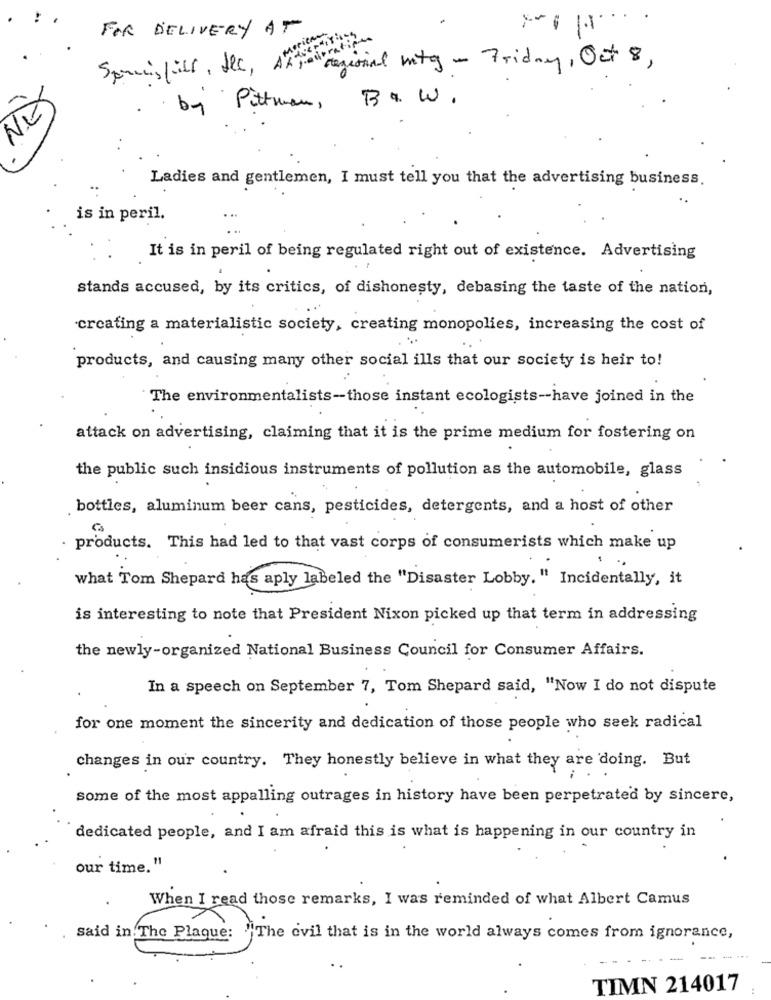
FOR DELIVERY AT
" Sensorial mtg - Friday, Oct 8,
Springfill, Llc, AT
B & W.
by Pittman ,
Ladies and gentlemen, I must tell you that the advertising business.
is in peril.
It is in peril of being regulated right out of existence. Advertising
stands accused, by its critics, of dishonesty, debasing the taste of the nation,
creating a materialistic society, creating monopolies, increasing the cost of
products, and causing many other social ills that our society is heir to!
The environmentalists-those instant ecologists-have joined in the
attack on advertising, claiming that it is the prime medium for fostering on
the public such insidious instruments of pollution as the automobile, glass
bottles, aluminum beer cans, pesticides, detergents, and a host of other
products. This had led to that vast corps of consumerists which make up
what Tom Shepard has aply labeled the "Disaster Lobby. " Incidentally, it
is interesting to note that President Nixon picked up that term in addressing
the newly-organized National Business Council for Consumer Affairs.
In a speech on September 7, Tom Shepard said, "Now I do not dispute
for one moment the sincerity and dedication of those people who seek radical
changes in our country. They honestly believe in what they are doing. But
some of the most appalling outrages in history have been perpetrated by sincere,
dedicated people, and I am afraid this is what is happening in our country in
our time. "
When I read those remarks, I was reminded of what Albert Camus
said in The Plague: "The evil that is in the world always comes from ignorance,
TIMN 214017